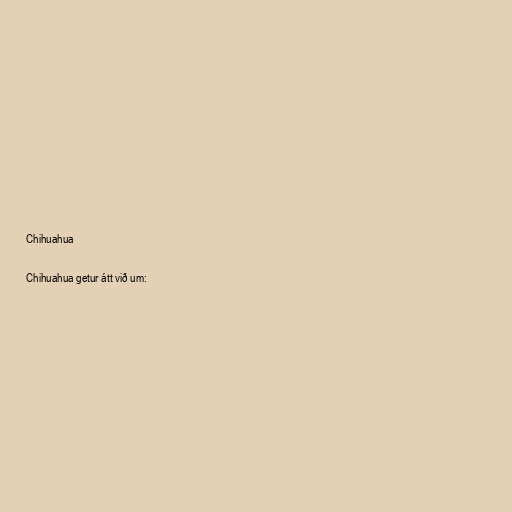
Chihuahua

Chihuahua getur átt við um: